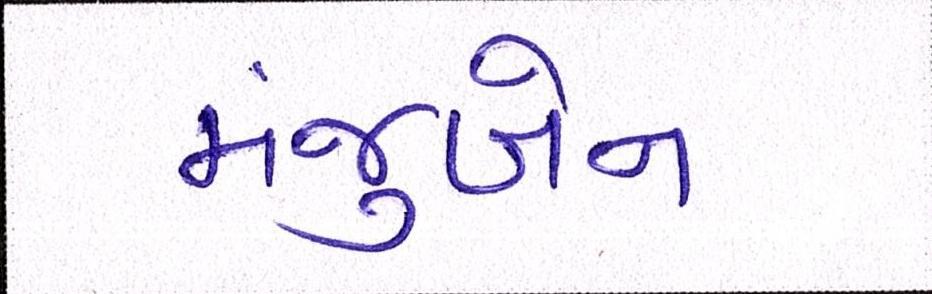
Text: મંજુબેન